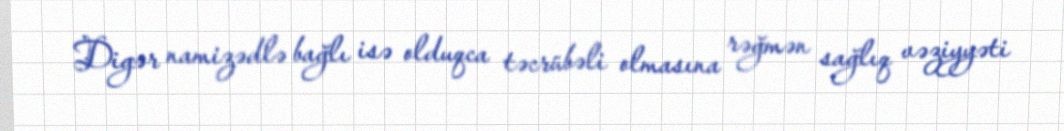
Digər namizədlə bağlı isə olduqca təcrübəli olmasına rəğmən sağlıq vəziyyəti